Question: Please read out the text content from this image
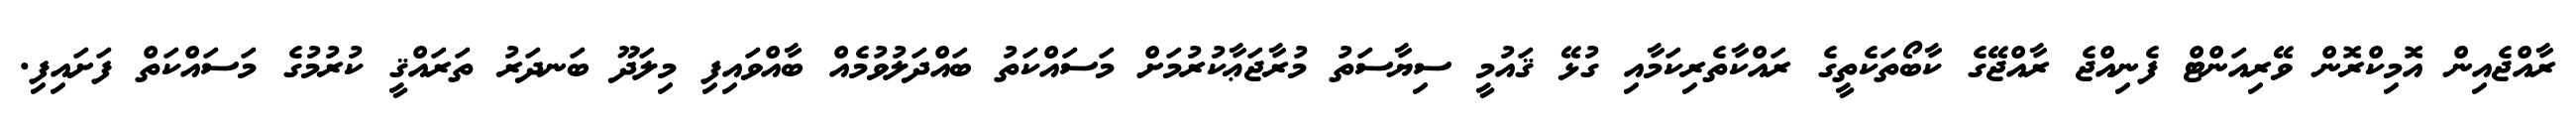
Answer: ރާއްޖެއިން އޮމިކްރޮން ވޭރިއަންޓް ފެނިއްޖެ ރާއްޖޭގެ ކާބޯތަކެތީގެ ރައްކާތެރިކަމާއި ގުޅޭ ޤައުމީ ސިޔާސަތު މުރާޖަޢާކުރުމަށް މަސައްކަތު ބައްދަލުވުމެއް ބާއްވައިފި މިލަދޫ ބަނދަރު ތަރައްޤީ ކުރުމުގެ މަސައްކަތް ފަށައިފި.